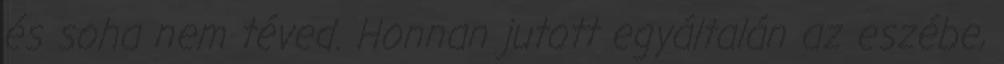
és soha nem téved. Honnan jutott egyáltalán az eszébe,